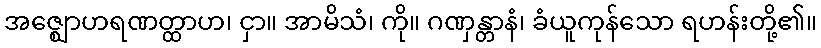
အဇ္ဈောဟရဏတ္ထာဟ၊ ငှာ။ အာမိသံ၊ ကို။ ဂဏှန္တာနံ၊ ခံယူကုန်သော ရဟန်းတို့၏။